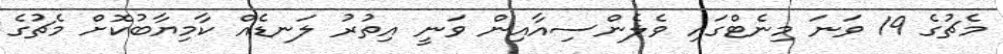
މެޗުގެ 19 ވަނަ މިނެޓްގައި ވެލެންސިއާއިން ވަނީ އިތުރު ލަނޑެއް ކާމިޔާބުކޮށް މެޗުގެ